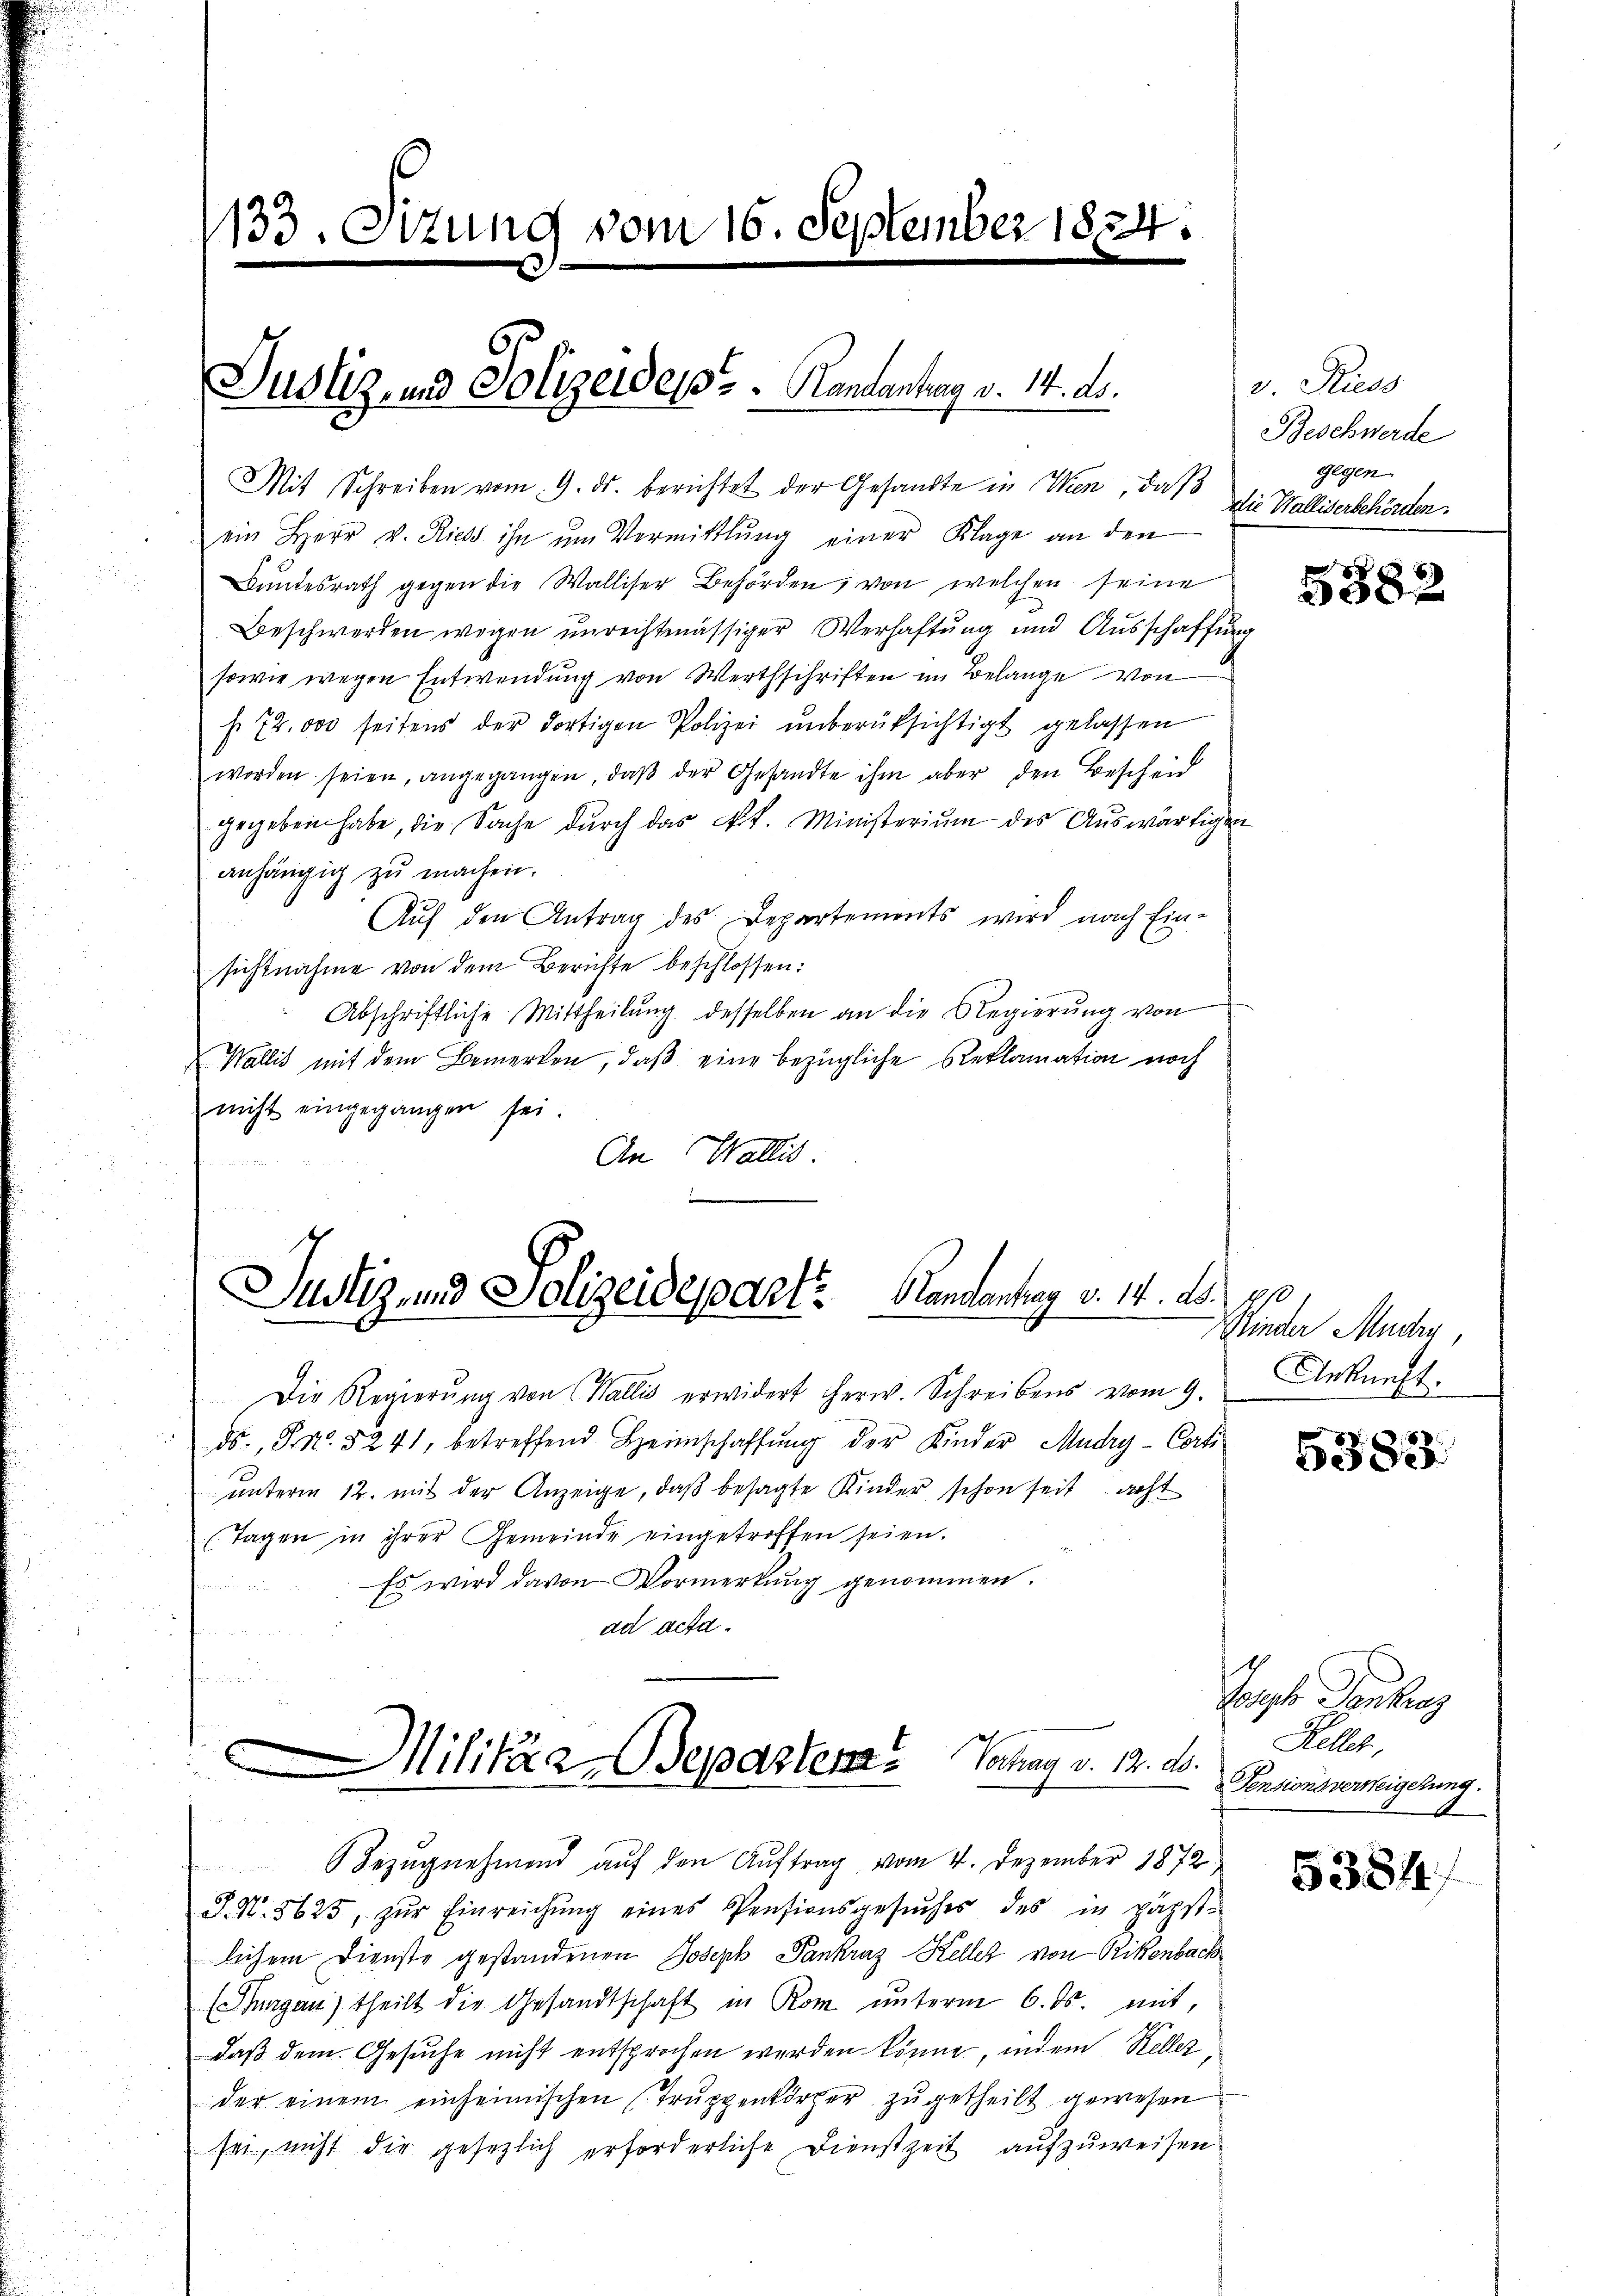
133. Ottung vom 16. September 1824.

Justiz- und Polizeides Handantrag v. 14. ds.

Mit Schreiben vom 9. ds. berichtet der Gesandte in ken, daß
ein Herr v. Richt ihn ŭm Vermittlung einer Klage an den
Bundesrath gegen die Walliser Behörden, von welchen seine
Beschwerden wegen unrechtmässiger Verhaftung und Ausschaffung
sowie wegen Entwendung von Werthschriften im Belange von
s. 72. 000 seitens der dortigen Polizei ŭnberüksichtigt gelassen
worden seien, angegangen, daβ der Gesandte ihm aber den Bescheid
gegeben habe, die Sache dŭrch das k.k. Ministeriŭm des Aŭswärtigen
anhängig zu machen.
Auf den Antrag des Departemonts wird nach Ein-
sichtnahme von dem Berichte beschlossen:
Abschriftliche Mittheilŭng desselben an die Regierŭng von
Wallis mit dem Bemerken, daß eine bezügliche Reklamation noch
nicht eingegangen sei.
An Wallis.

Justiz und Polizeidepart. Handantrag v. 14. ds. 1910.

ds., Sn. 5241, betreffend Heimschaffung der Kinder Mudry-Corti
unterm 12. mit der Anzeige, daß besagte Kinder schon seit acht
(Tagen in ihrer Gemeinde eingetroffen seien.
Es wird davon Vormerkung genommen.

ad acta.

Bezugnehmend auf den Auftrag vom 4. Dezember 1872
J. N. 8625, zŭr Einreichŭng eines Pensionsgesŭches des in nächst-
lichem Dienste gestandenen Joseph Pankraz Keller von Rikenbach
(Thurgau) theilt die Gesandtschaft in Rom unterm 6. ds. mit,
daß dem Gesuche nicht entsprochen werden könne, indem Keller
der einem einheimischen Truppenkörper zugetheilt gewesen
sei, nicht die gesezlich erforderliche Dienstzeit aufzuweisen

e
Militär-Beparter Vochag v. 12. d.

Die Regierŭng von Wallis erwidert herw. Schreibens vom 9.

3 Riess
Beschwerde
gegen
Die Walliserbehörden.

5382

Kinder Mudrn,
Ankunft.

5383.

Joseph Pantrag
Keller,
Pensionsverweigerung.

5384